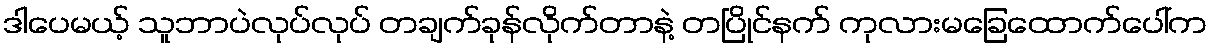
ဒါပေမယ့် သူဘာပဲလုပ်လုပ် တချက်ခုန်လိုက်တာနဲ့ တပြိုင်နက် ကုလားမခြေထောက်ပေါ်က